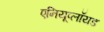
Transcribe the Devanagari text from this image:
एनियूप्लॉयड